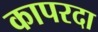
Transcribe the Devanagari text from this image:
कापरदा